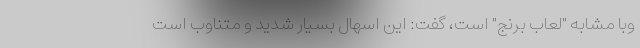
وبا مشابه "لعاب برنج" است، گفت: این اسهال بسیار شدید و متناوب است